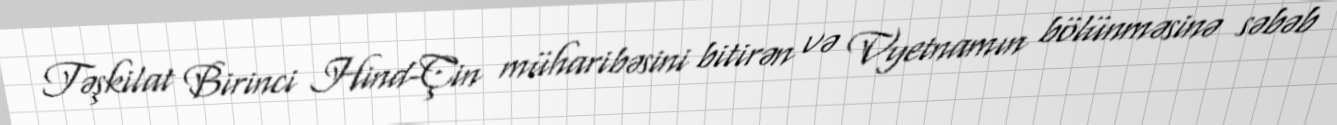
Təşkilat Birinci Hind-Çin müharibəsini bitirən və Vyetnamın bölünməsinə səbəb